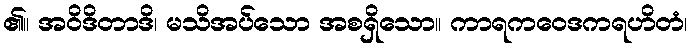
၏။ အဝိဒိတာဒိ၊ မသိအပ်သော အစရှိသော။ ကာရကဝေဒကရဟိတံ၊